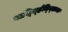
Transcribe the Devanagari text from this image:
वार्स्च्हिज्न्लिज्क